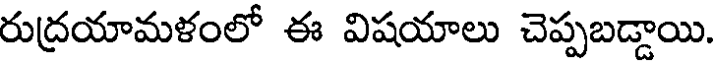
రుద్రయామళంలో ఈ విషయాలు చెప్పబడ్డాయి.